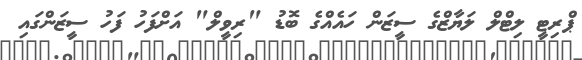
ޕްރިޓީ ލިޓްލް ލަޔާޒްގެ ސީޒަން ހައެއްގެ ބޮޑު "ރިވީލް" އަށްފަހު ފަހު ސީޒަންގައި